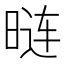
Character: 𰖏